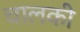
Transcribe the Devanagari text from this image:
चालकी